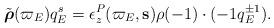
LaTeX: \begin{align*} \tilde{\boldsymbol{\rho}}(\varpi_E)q_E^s=\epsilon_z^P(\varpi_E,\mathbf{s}){\rho}(-1)\cdot(-1 q_E^{\pm 1} ).\end{align*}